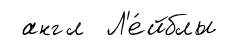
англ Л'е́йблы